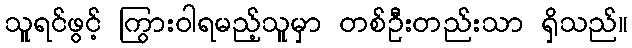
သူရင်ဖွင့် ကြွားဝါရမည့်သူမှာ တစ်ဦးတည်းသာ ရှိသည်။